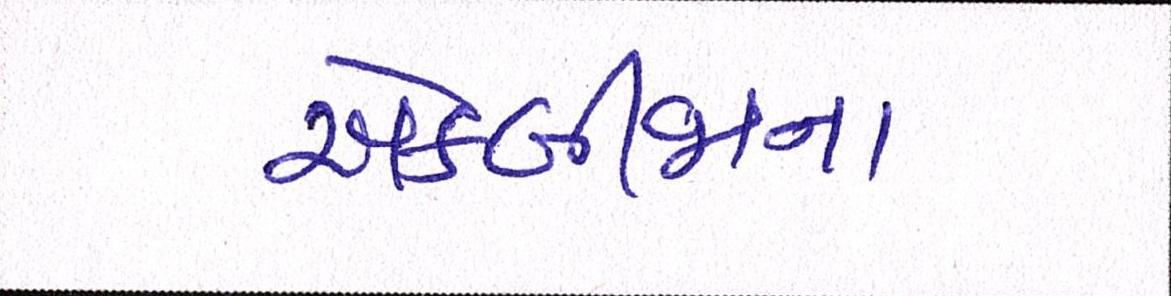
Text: એકબીજાના